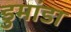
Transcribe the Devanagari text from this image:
डुमांडा